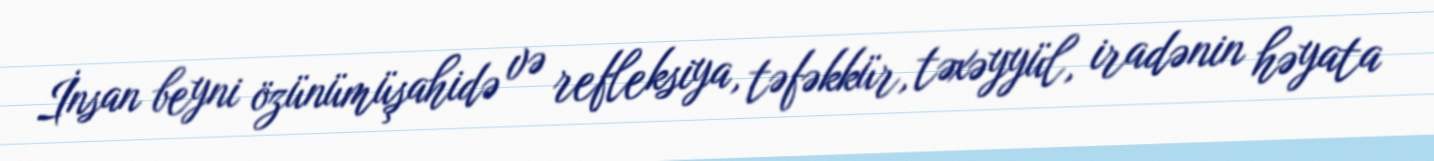
İnsan beyni özünümüşahidə və refleksiya, təfəkkür, təxəyyül, iradənin həyata